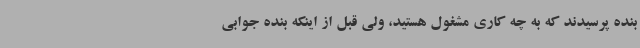
بنده پرسیدند که به چه کاری مشغول هستید، ولی قبل از اینکه بنده جوابی